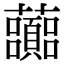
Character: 虈